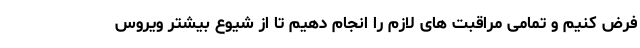
فرض کنیم و تمامی مراقبت های لازم را انجام دهیم تا از شیوع بیشتر ویروس